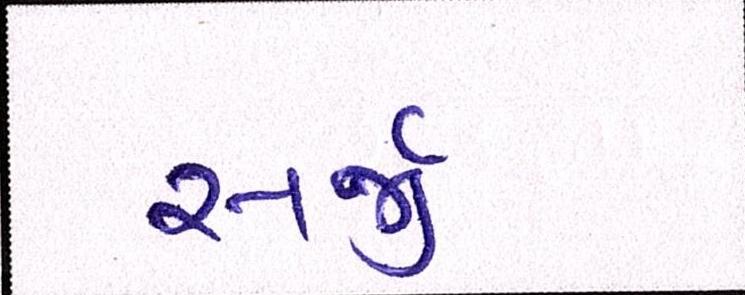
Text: સર્જી